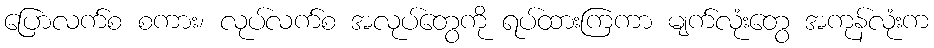
ပြောလက်စ စကား၊ လုပ်လက်စ အလုပ်တွေကို ရပ်ထားကြကာ မျက်လုံးတွေ အကုန်လုံးက